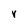
Character: r